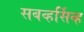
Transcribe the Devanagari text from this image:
सबव्हर्सिव्ह